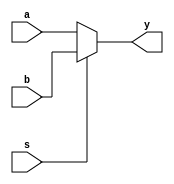
`timescale 1ns / 1ps
//////////////////////////////////////////////////////////////////////////////////
// Company: 
// Engineer: 
// 
// Design Name: 
// Module Name: mux_2x1
// Project Name: 
// Target Devices: 
// Tool Versions: 
// Description: 
// 
// Dependencies: 
// 
// Revision:
// Revision 0.01 - File Created
// Additional Comments:
// 
//////////////////////////////////////////////////////////////////////////////////


module mux_2x1(
    input a,
    input b,
    input s,
    output reg y
    );
    
always @ (a,b,s)
    begin
            if(s)
                y=b;
            else
                y=a;
    end
       
endmodule